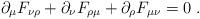
LaTeX: \begin{align*}\partial_{\mu}F_{\nu \rho}+\partial_{\nu}F_{\rho \mu}+ \partial_{\rho}F_{\mu \nu}=0\ .\end{align*}